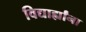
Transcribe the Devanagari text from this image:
विद्यार्ह्यांना